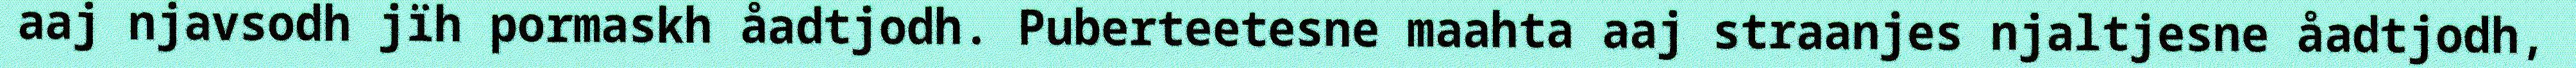
aaj njavsodh jïh pormaskh åadtjodh. Puberteetesne maahta aaj straanjes njaltjesne åadtjodh,